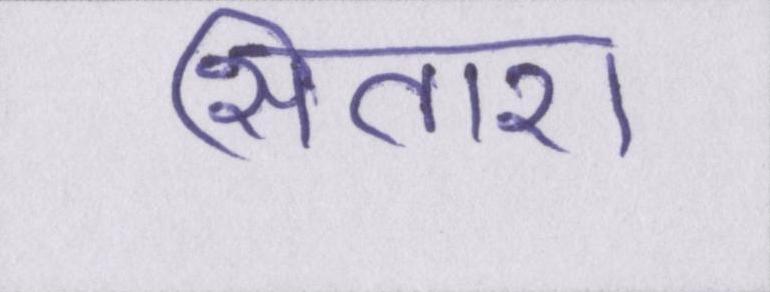
सितारा